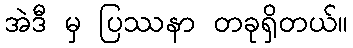
အဲဒီ မှ ပြဿနာ တခုရှိတယ်။